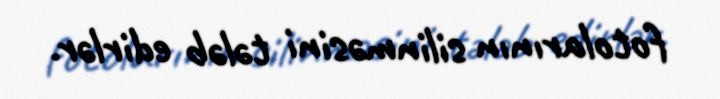
fotolarının silinməsini tələb edirlər.